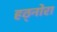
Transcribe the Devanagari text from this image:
हठ्नोरा